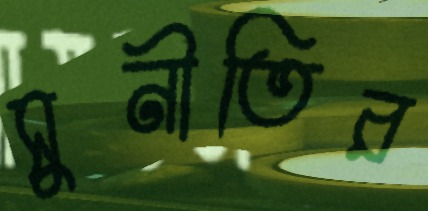
সুনীতির